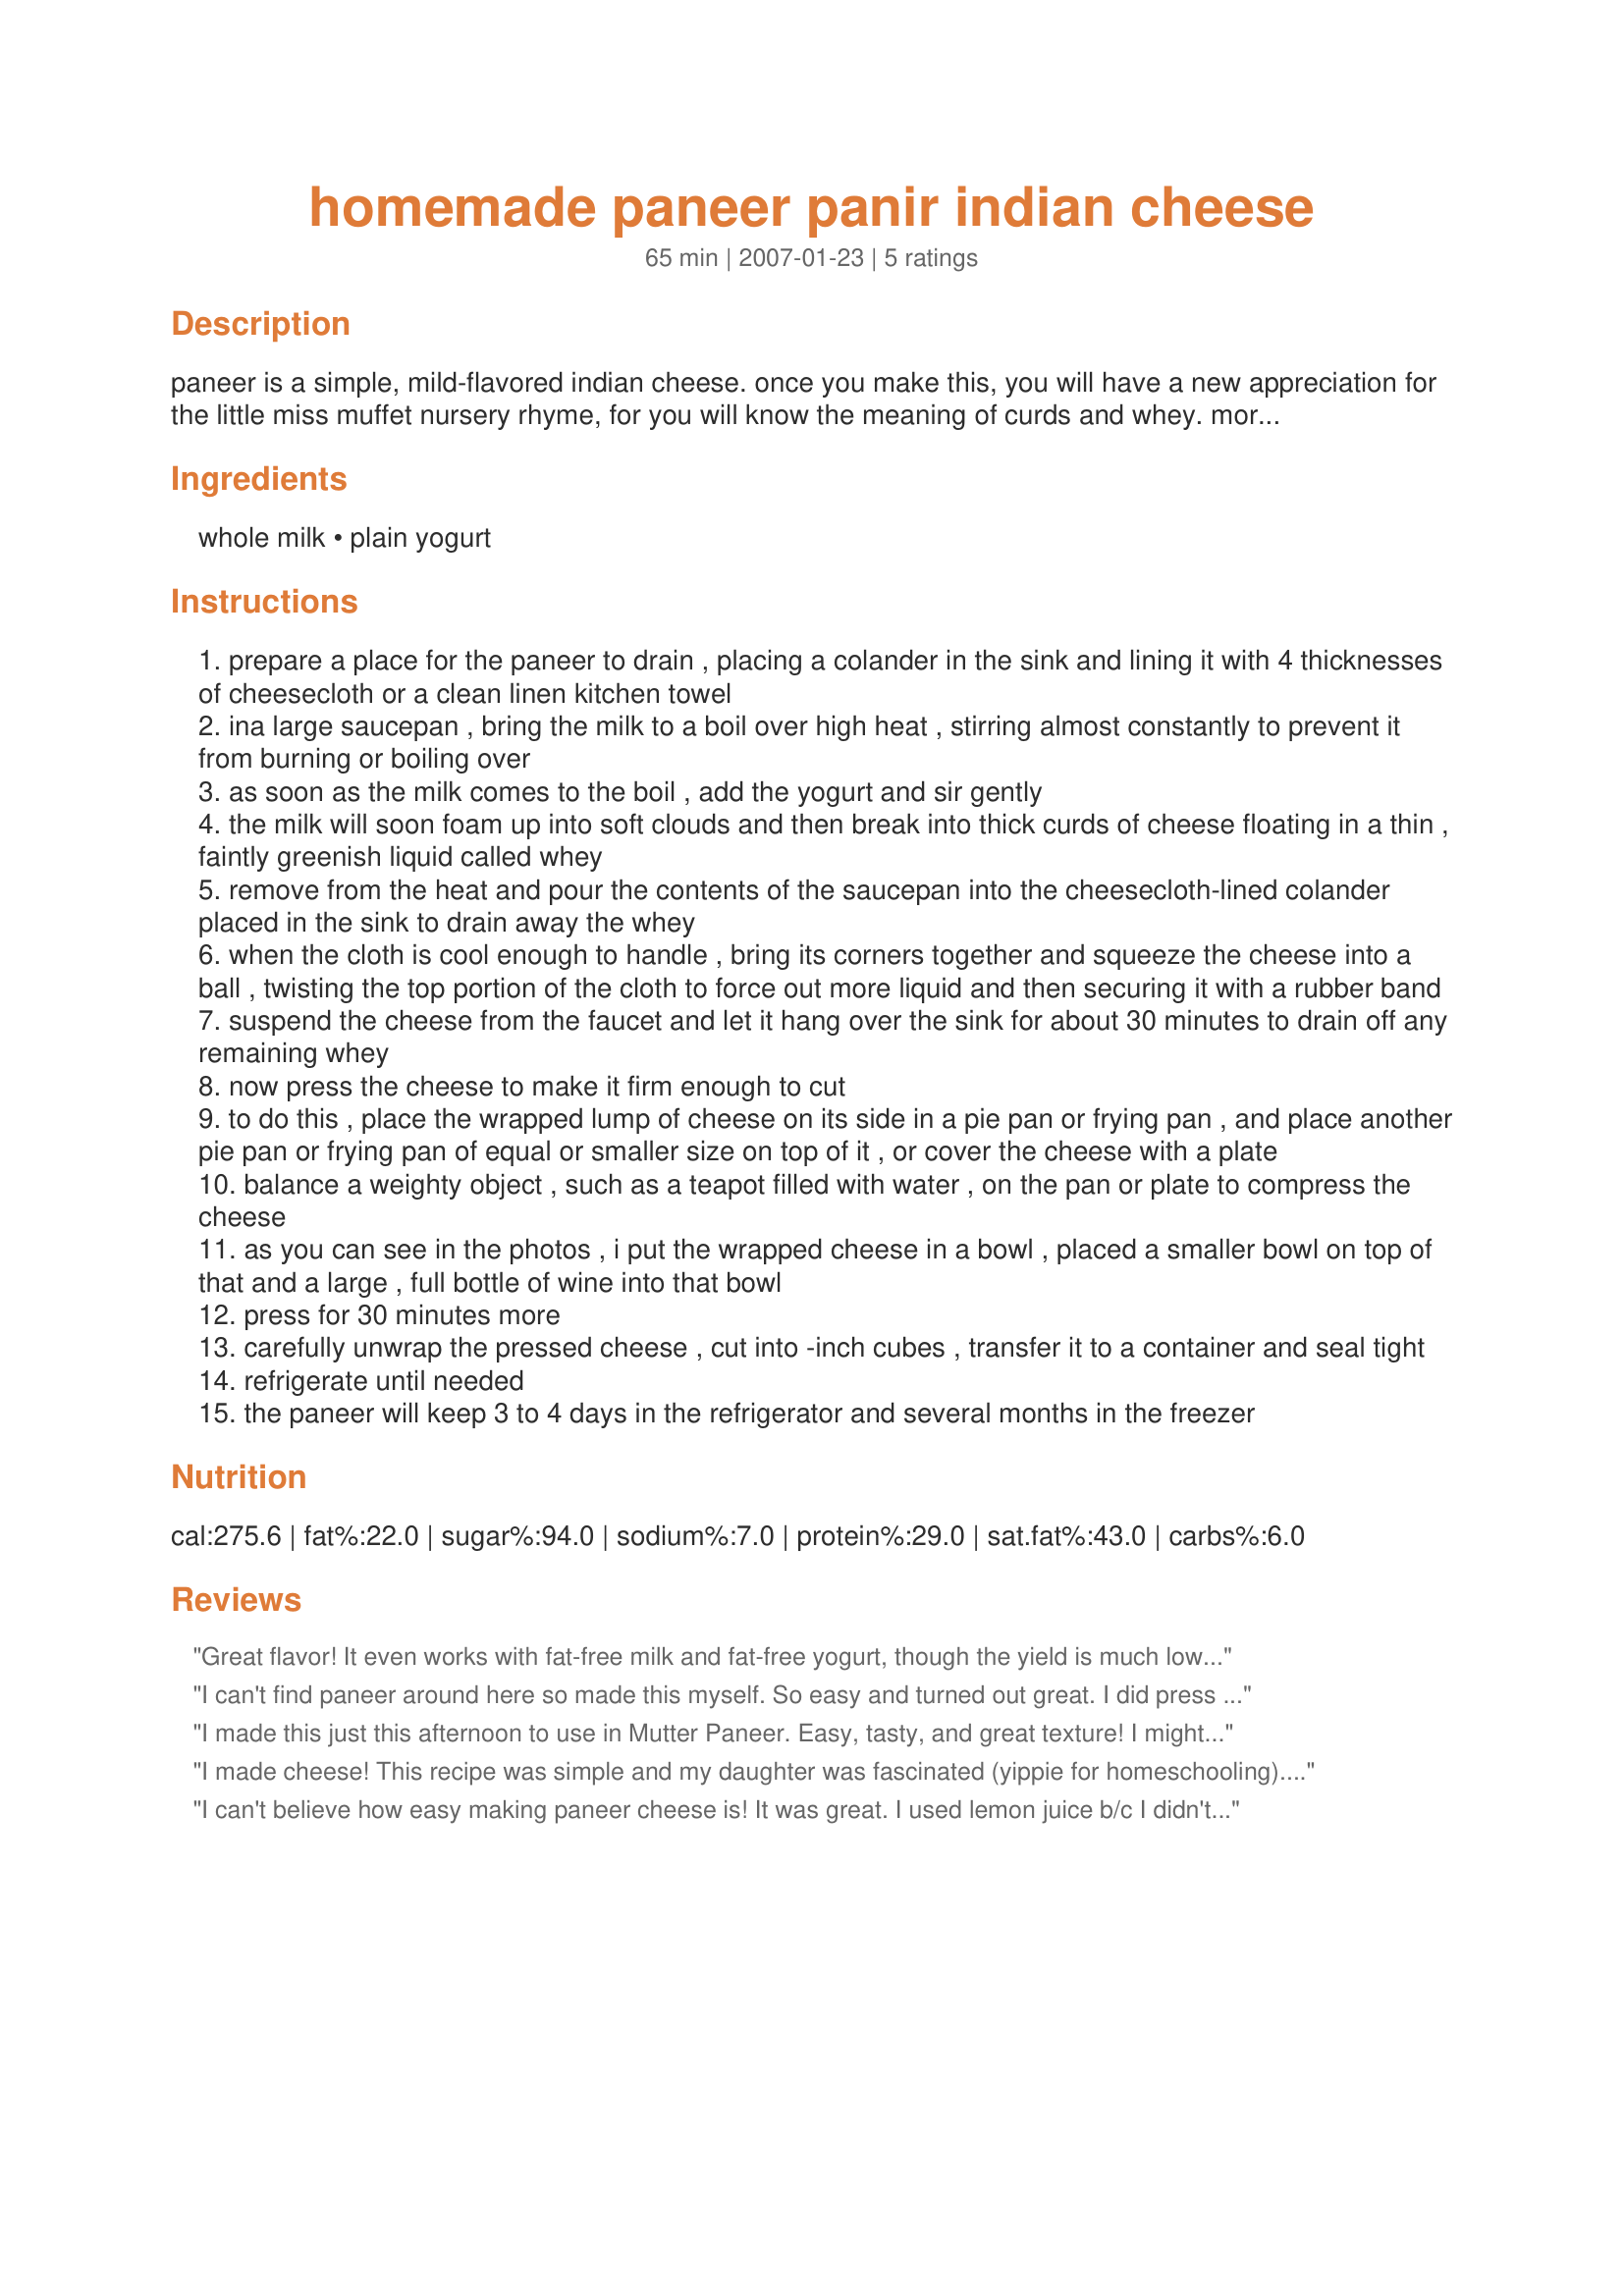
homemade paneer panir indian cheese
Preparation time: 65 minutes

paneer is a simple, mild-flavored indian cheese. once you make this, you will have a new appreciation for the little miss muffet nursery rhyme, for you will know the meaning of curds and whey. more importantly, you will be able to enjoy lovely indian dishes like palak paneer (spinach, cheese and spice curry), mattar paneer (green peas, tomatoes spices and paneer), and many more. other paneer recipes use lemon juice instead of yogurt, but the yield is smaller with that method. to go that route, use 3-4 tablespoons lemon juice instead of the 1 ½ cups yogurt called for. you could also use 2 tablespoons apple cider vinegar diluted with 2 tablespoons water, adding this to the 6 cups of milk. to avoid spills when the milk bubbles up, be sure to use a large, deep saucepan. from nancie mcdermott’s the curry book.

Ingredients:
whole milk, plain yogurt

Steps:
prepare a place for the paneer to drain , placing a colander in the sink and lining it with 4 thicknesses of cheesecloth or a clean linen kitchen towel
ina large saucepan , bring the milk to a boil over high heat , stirring almost constantly to prevent it from burning or boiling over
as soon as the milk comes to the boil , add the yogurt and sir gently
the milk will soon foam up into soft clouds and then break into thick curds of cheese floating in a thin , faintly greenish liquid called whey
remove from the heat and pour the contents of the saucepan into the cheesecloth-lined colander placed in the sink to drain away the whey
when the cloth is cool enough to handle , bring its corners together and squeeze the cheese into a ball , twisting the top portion of the cloth to force out more liquid and then securing it with a rubber band
suspend the cheese from the faucet and let it hang over the sink for about 30 minutes to drain off any remaining whey
now press the cheese to make it firm enough to cut
to do this , place the wrapped lump of cheese on its side in a pie pan or frying pan , and place another pie pan or frying pan of equal or smaller size on top of it , or cover the cheese with a plate
balance a weighty object , such as a teapot filled with water , on the pan or plate to compress the cheese
as you can see in the photos , i put the wrapped cheese in a bowl , placed a smaller bowl on top of that and a large , full bottle of wine into that bowl
press for 30 minutes more
carefully unwrap the pressed cheese , cut into -inch cubes , transfer it to a container and seal tight
refrigerate until needed
the paneer will keep 3 to 4 days in the refrigerator and several months in the freezer

Reviews:
Great flavor! It even works with fat-free milk and fat-free yogurt, though the yield is much lower (just over 1/2 cup). If you only spend a few minutes squeezing out the whey (instead of 30+ min), it still tastes great -- the texture will be softer, but that's perfectly fine in many dishes. Thank you for posting!
I can't find paneer around here so made this myself. So easy and turned out great. I did press it longer than stated. Refrigerated until the next day to use in Recipe #25348.
I made this just this afternoon to use in Mutter Paneer. Easy, tasty, and great texture! I might press it for longer next time to try to even the edges out a bit because it was a little crumbly around the edges. Will definitely be using this recipe regularly!
I made cheese! This recipe was simple and my daughter was fascinated (yippie for homeschooling). Went *very well* in "I Love Palak Paneer" (#383454).
I can't believe how easy making paneer cheese is! It was great. I used lemon juice b/c I didn't have yogurt. We served with saag and homemade naan!
